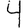
Digit: 4